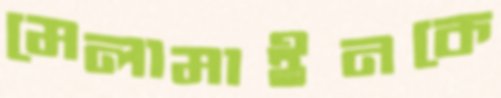
মেলামাইনকে